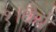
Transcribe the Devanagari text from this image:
१।धैर्य